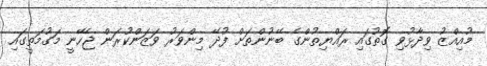
މުއިއްޒު ވިދާޅުވި ގޮތުގައި ރައްޔިތުންގެ ބޭނުންތަށް ފުދޭ މިންވަރު ވަޒަންކުރަން ޖެހޭނީ މަގުމަތީގައި